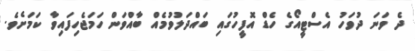
ދެ ވަނަ ދުވަހު އެސްޓީއޯގެ ހެޑް އޮފީހުގައި ބައްދަލުވުމެއް ބާއްވަން ހަމަޖެހިފައިވާ ކަމަށެވެ.